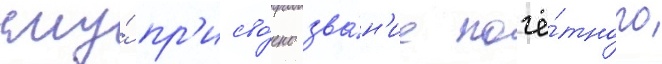
ему́ пр'исво́ено зва́н'ие почё́тного